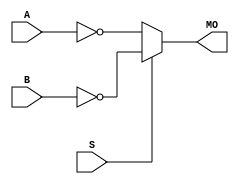
module cycloneii_nmux21 (MO, A, B, S);
   input A, B, S; 
   output MO; 
   assign MO = (S == 1) ? ~B : ~A; 
endmodule